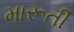
મારૂતી